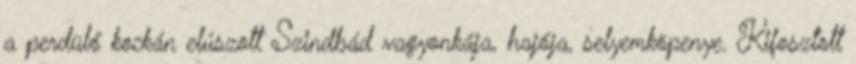
a perdülő kockán elúszott Szindbád vagyonkája, hajója, selyemköpenye. Kifosztott